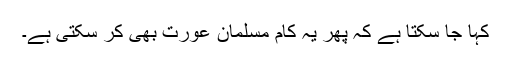
کہا جا سکتا ہے کہ پھر یہ کام مسلمان عورت بھی کر سکتی ہے۔